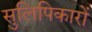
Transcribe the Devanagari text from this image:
सुलिपिकारों